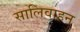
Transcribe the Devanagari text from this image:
सालिवाहन